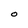
Character: O